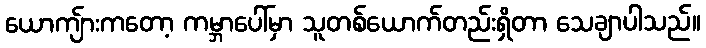
ယောကျ်ားကတော့ ကမ္ဘာပေါ်မှာ သူတစ်ယောက်တည်းရှိတာ သေချာပါသည်။